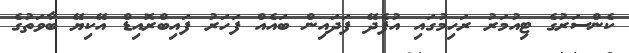
ކެންސަރުގެ ޓިއުމަރު ރަހިމުގައި އުފެދޭ ފަދައިން ބައެއް ފަހަރު ފައިބްރޮއިޑް އޭކިޔޭ ބާވަތުގެ